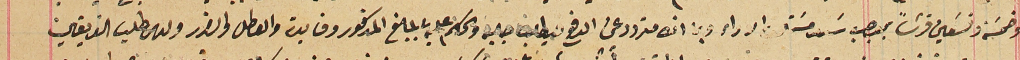
وخمسَة وتسَعين قرشاً بموجب سند مسَتحق الاداء وبما انه متردد عن الدفع فيطلب جلبه والحكم عليه بالمبلغ المذكور وفايدته والعطل والضرر ولدى طلب الفريقين